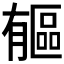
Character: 𣎥